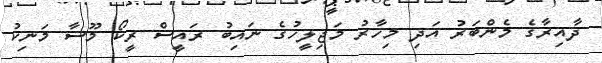
ދާއިރާގެ މެންބަރު އަދި މިހާރު މަޖިލީހުގެ ނައިބު ރައީސް ރީކޯ މޫސާ މަނިކު